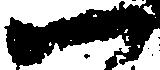
一